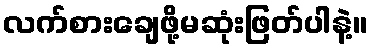
လက်စားချေဖို့မဆုံးဖြတ်ပါနဲ့။